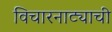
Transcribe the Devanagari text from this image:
विचारनाट्याची